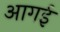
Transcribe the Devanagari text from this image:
आगई